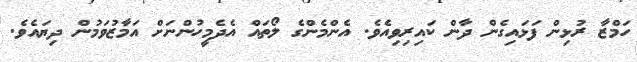
ހަމްޒާ ރުޅިން ފަޅަައިގެން ދާން ކައިރިވިއެވެ. އެންމެންގެ ލޯތައް އެދެމީހުންނަަށް އަމާޒުވަމުން ދިޔައެވެ.